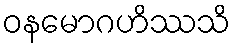
ဝနမောဂဟိဿသိ